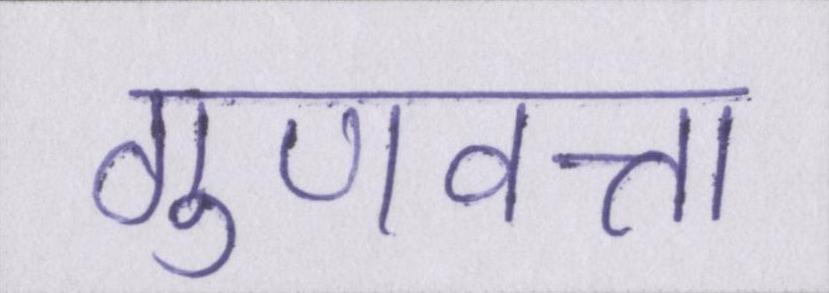
गुणवत्ता